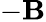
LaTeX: -\mathbf{B}